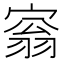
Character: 𡩥